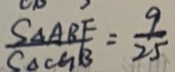
\frac { S _ { \Delta A B F } } { S _ { \Delta C G B } } = \frac { 9 } { 2 5 }